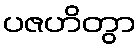
ပဇဟိတွာ